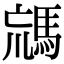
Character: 𩣐